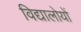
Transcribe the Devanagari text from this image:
विद्यालोयों